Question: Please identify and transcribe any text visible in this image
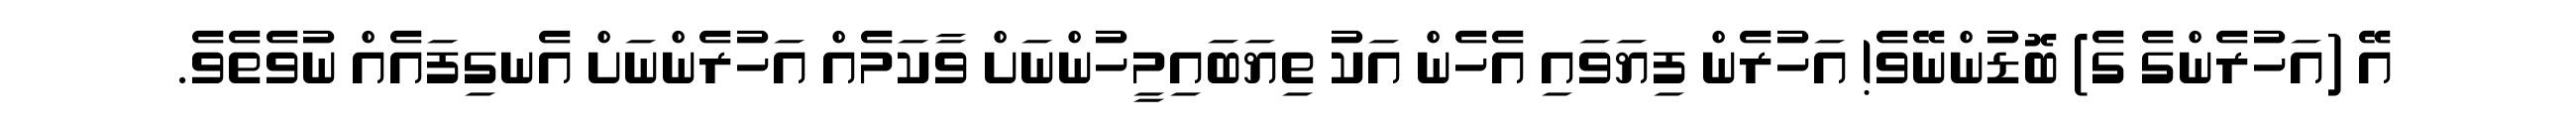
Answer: އޭ (އަހުރެންގެ ގެ) ބޮޑުންނޭވެ! އަހުރެން ފިޔަވައި އެހެން އަކު ތިޔަބައިމީހުންނަށް ވާކަމެއް އަހުރެންނަށް އެނގިފައެއް ނުވެތެވެ.